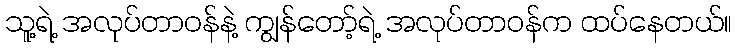
သူ့ရဲ့ အလုပ်တာဝန်နဲ့ ကျွန်တော့်ရဲ့ အလုပ်တာဝန်က ထပ်နေတယ်။